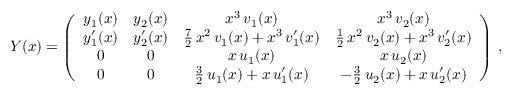
\begin{array} { r } { Y ( x ) = \left( \begin{array} { c c c c } { y _ { 1 } ( x ) } & { y _ { 2 } ( x ) } & { x ^ { 3 } \, v _ { 1 } ( x ) } & { x ^ { 3 } \, v _ { 2 } ( x ) } \\ { y _ { 1 } ^ { \prime } ( x ) } & { y _ { 2 } ^ { \prime } ( x ) } & { \frac { 7 } { 2 } \, x ^ { 2 } \, v _ { 1 } ( x ) + x ^ { 3 } \, v _ { 1 } ^ { \prime } ( x ) } & { \frac { 1 } { 2 } \, x ^ { 2 } \, v _ { 2 } ( x ) + x ^ { 3 } \, v _ { 2 } ^ { \prime } ( x ) } \\ { 0 } & { 0 } & { x \, u _ { 1 } ( x ) } & { x \, u _ { 2 } ( x ) } \\ { 0 } & { 0 } & { \frac { 3 } { 2 } \, u _ { 1 } ( x ) + x \, u _ { 1 } ^ { \prime } ( x ) } & { - \frac { 3 } { 2 } \, u _ { 2 } ( x ) + x \, u _ { 2 } ^ { \prime } ( x ) } \end{array} \right) \, , } \end{array}